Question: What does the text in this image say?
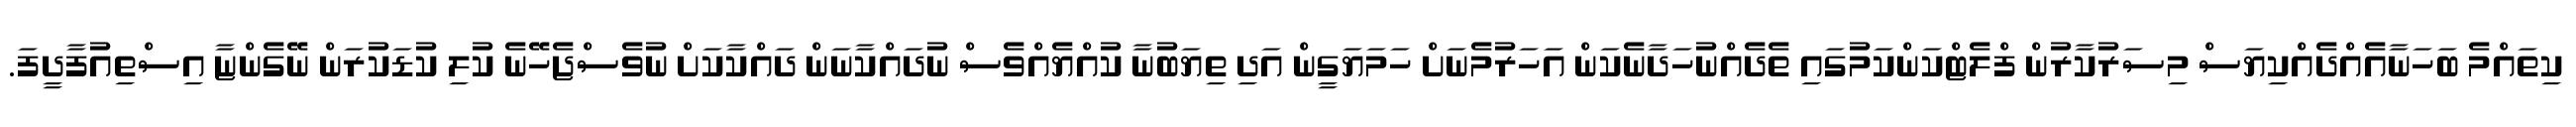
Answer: ކިތައްމެ ބަހަނާއެއްދެއްކިޔަސް މިސަރުކާރުން ފްލެޓްކަންކަމުގައި ތެދެއްނުހަދާނެކަން އަހަރުމެނަށް ހަމަޔަގީން އަދި ތިޔަބުނާ ކުއްޔެއްވެސް ނުދައްކާނަން ދައްކާކަށް ނުވެސްޖެހޭނެ ކުލި ކުޑަކުރަން ނޭގެންޏާ އިސްތިއުފާދީފަ.